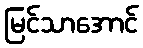
မြင်သာအောင်